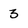
Character: 3